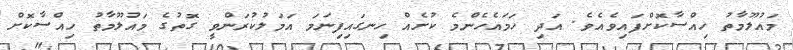
މައުލޫމާތު ހިއްސާކޮށްފައިވެއެވެ. އަދި ހަމައެހެންމެ ކުށެއް ހިނގައިފިނަމަ އަމަލުކުރަންވީ ގޮތުގެ މައުލޫމާތު ހިއްސާކޮށް